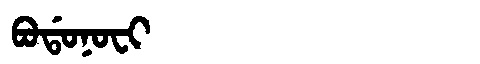
Manchu: ᠪᠣᡩᠣᠨᠣᠸᡳ
Romanization: BODONOFI